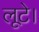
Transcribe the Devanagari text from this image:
लूटे।